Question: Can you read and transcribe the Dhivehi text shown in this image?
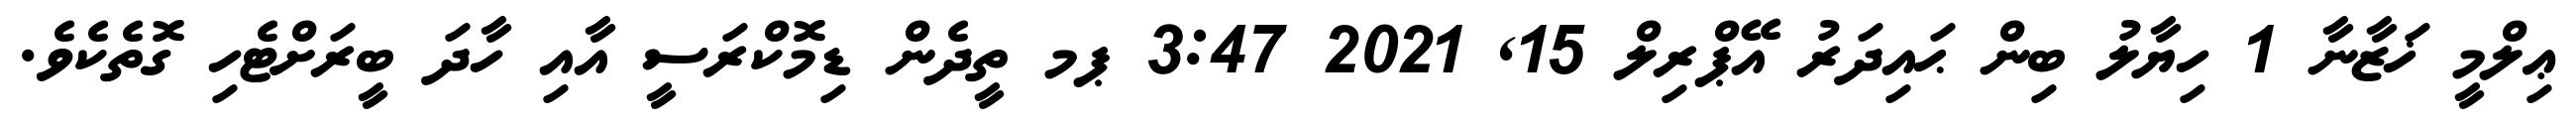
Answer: ޢިލްމީ ޚަޒާނާ 1 ހިޔާލު ބިން ޙައިދަރު އޭޕްރިލް 15, 2021 3:47 ޕމ ތީދެން ޑިމޮކްރަސީ އާއި ހާދަ ބީރަށްޓެހި ގޮތެކެވެ.